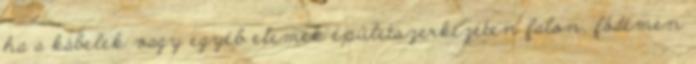
ha a kábelek vagy egyéb elemek épületszerkezeten falon, födémen